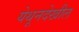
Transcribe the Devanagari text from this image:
येथूनदेखील